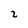
Character: 2